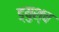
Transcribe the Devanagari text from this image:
ड्युश्च